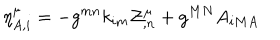
\eta _ { A , i } ^ { \mu } = - { g } ^ { m n } { k } _ { i m } { \cal Z } _ { , n } ^ { \mu } + g ^ { M N } { A } _ { i M A }